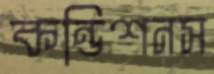
কন্ডিশনস